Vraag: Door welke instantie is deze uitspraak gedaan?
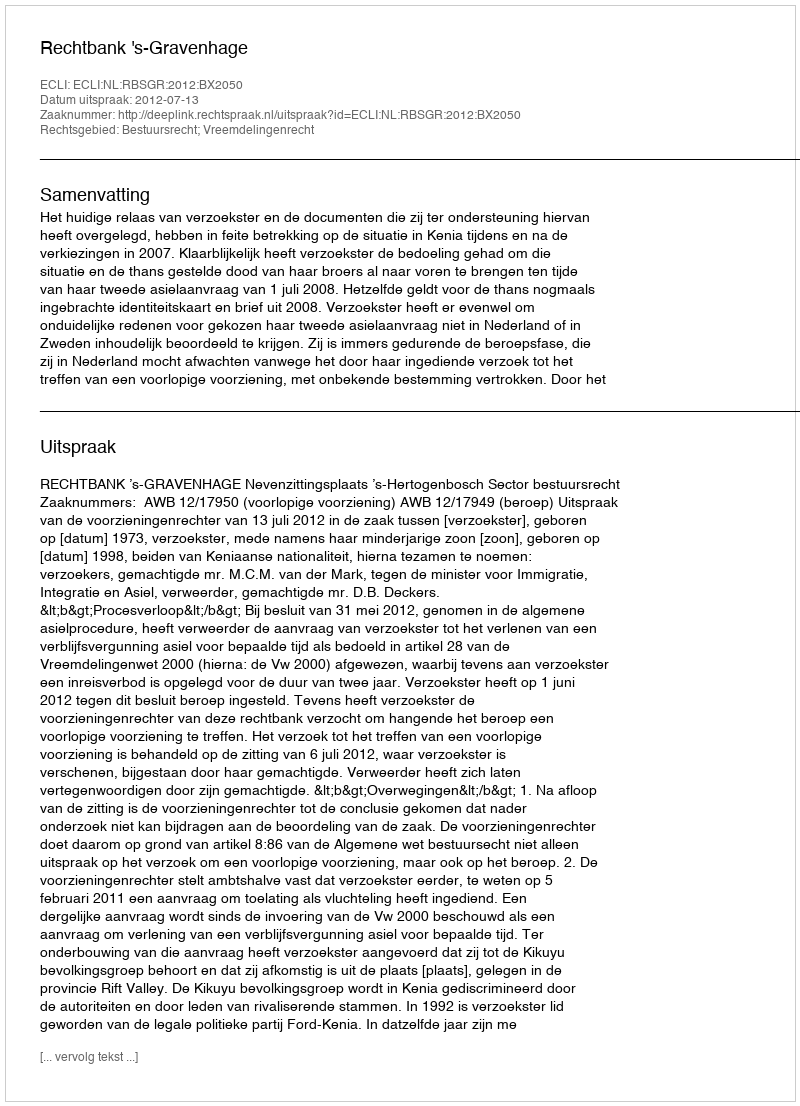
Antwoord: Rechtbank 's-Gravenhage